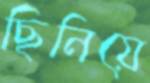
ছিনিয়ে